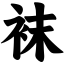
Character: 袜